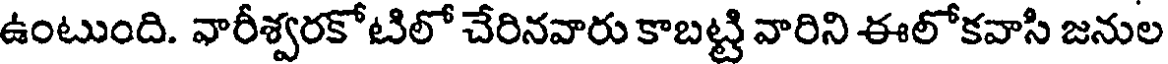
ఉంటుంది. వారీశ్వరకోటిలో చేరినవారు కాబట్టి వారిని ఈలోకవాసి జనుల